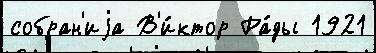
собран'иjа В'и́ктор Ра́ды 1921